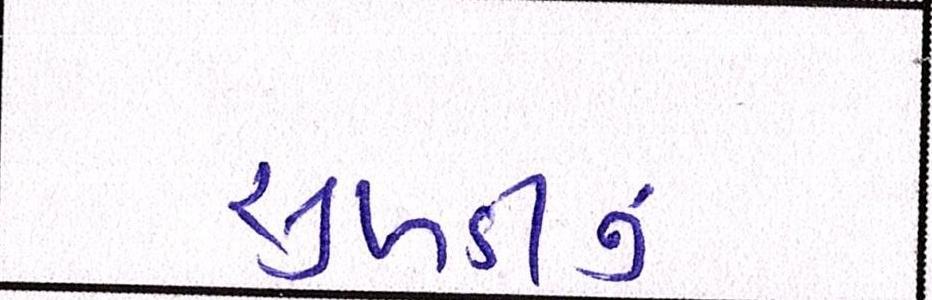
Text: સુખડીનું